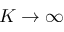
K \to \infty